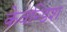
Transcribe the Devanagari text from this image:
केवन्डिश